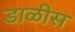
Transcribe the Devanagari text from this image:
डाळीस